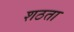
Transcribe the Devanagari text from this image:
शठता